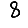
Digit: 8